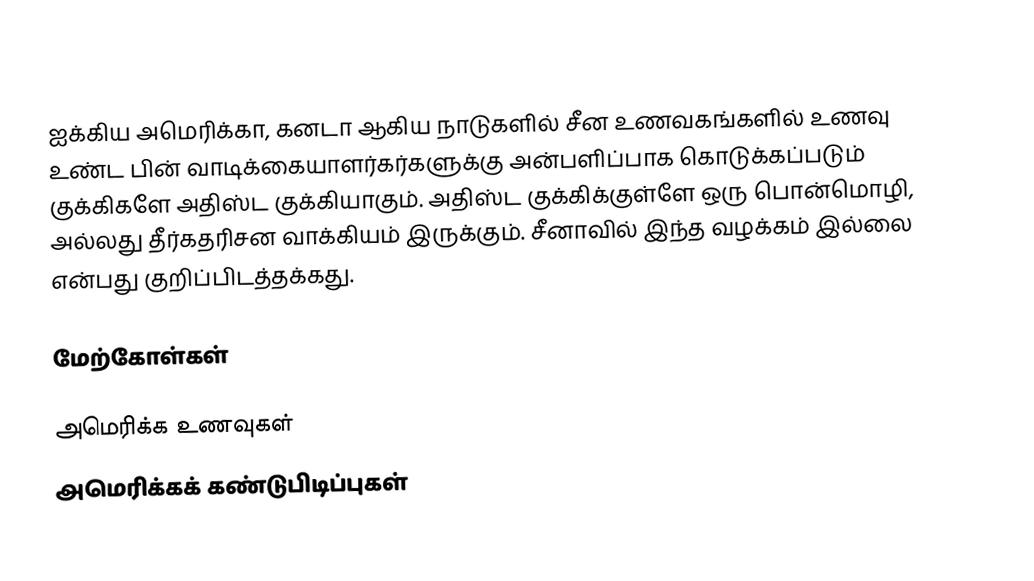
ஐக்கிய அமெரிக்கா, கனடா ஆகிய நாடுகளில் சீன உணவகங்களில் உணவு உண்ட பின் வாடிக்கையாளர்கர்களுக்கு அன்பளிப்பாக கொடுக்கப்படும் குக்கிகளே அதிஸ்ட குக்கியாகும்.  அதிஸ்ட குக்கிக்குள்ளே ஒரு பொன்மொழி, அல்லது தீர்கதரிசன வாக்கியம் இருக்கும்.  சீனாவில் இந்த வழக்கம் இல்லை என்பது குறிப்பிடத்தக்கது.

மேற்கோள்கள்

அமெரிக்க உணவுகள்
அமெரிக்கக் கண்டுபிடிப்புகள்